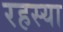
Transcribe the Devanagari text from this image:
रहस्या